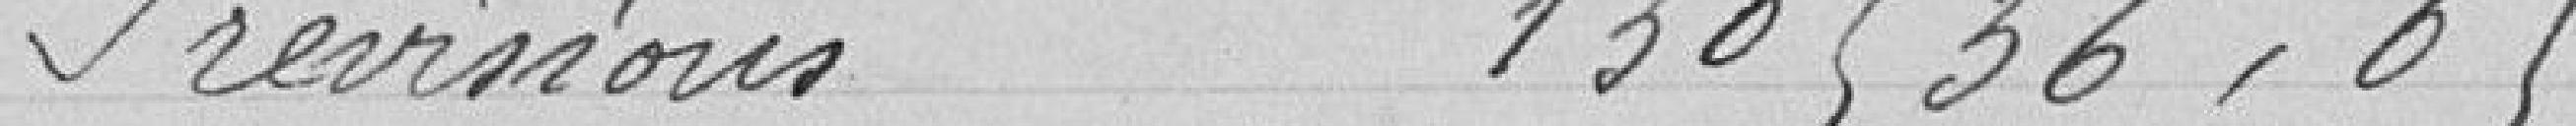
Prévisions 130 536,65